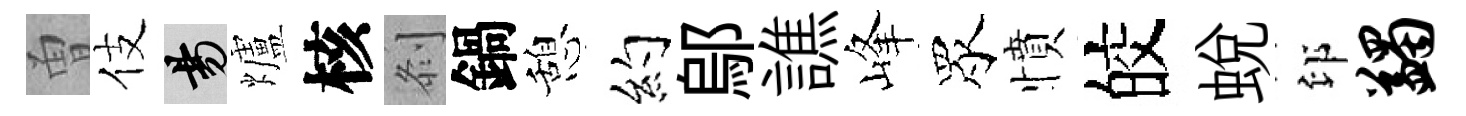
曽伎昜爐核𠛴鍋憩约鄔譙峰眾憤皎蛻印蠲